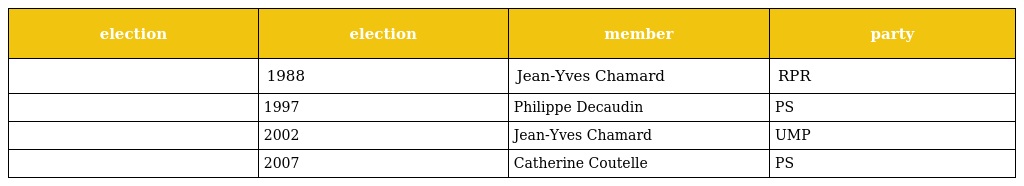
| election | election | member | party |
 | --- | --- | --- | --- |
 |  | 1988 | Jean-Yves Chamard | RPR |
 |  | 1997 | Philippe Decaudin | PS |
 |  | 2002 | Jean-Yves Chamard | UMP |
 |  | 2007 | Catherine Coutelle | PS |